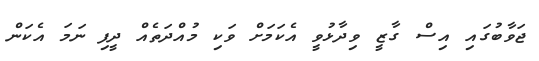
ޖަވާބުގައި އިސް ގާޒީ ވިދާޅުވީ އެކަމަށް ވަކި މުއްދަތެއް ދީފި ނަމަ އެކަން